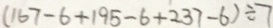
( 1 6 7 - 6 + 1 9 5 - 6 + 2 3 7 - 6 ) \div 7